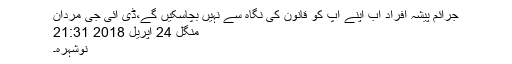
جرائم پیشہ افراد اب اپنے آپ کو قانون کی نگاہ سے نہیں بچاسکیں گے،ڈی آئی جی مردان
منگل 24 اپریل 2018 21:31
نوشہرہ۔